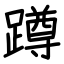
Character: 蹲